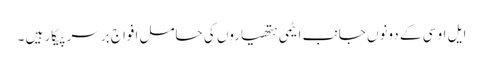
ایل او سی کے دونوں جانب ایٹمی ہتھیاروں کی حامل افواج برسر پیکار ہیں ۔